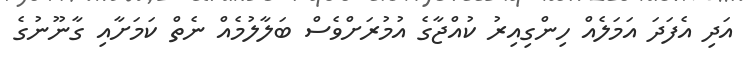
އަދި އެފަދަ އަމަލެއް ހިންގިއިރު ކުއްޖާގެ އުމުރަށްވެސް ބަލާލުމެއް ނެތް ކަމަށާއި ގާނޫނުގެ